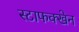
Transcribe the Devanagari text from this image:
स्टाफक्खेन